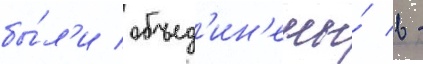
бы́л'и объед'ин'ены́ в -